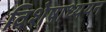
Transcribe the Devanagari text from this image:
विशेषाध्ययन